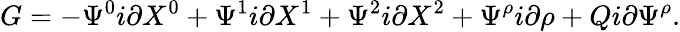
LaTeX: G=-\Psi^{0}i\partial X^{0}+\Psi^{1}i\partial X^{1}+\Psi^{2}i\partial X^{2}+\Psi^{\rho}i\partial\rho+Qi\partial\Psi^{\rho}.